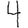
Digit: 4